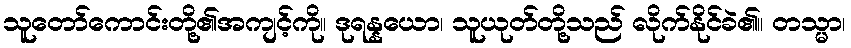
သူတော်ကောင်းတို့၏အကျင့်ကို။ ဒုရန္နယော၊ သူယုတ်တို့သည် လိုက်နိုင်ခဲ၏။ တသ္မာ၊